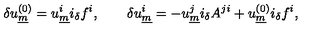
\delta u _ { \underline { { m } } } ^ { ( 0 ) } = u _ { \underline { { m } } } ^ { i } i _ { \delta } f ^ { i } , \qquad \delta u _ { \underline { { m } } } ^ { i } = - u _ { \underline { { m } } } ^ { j } i _ { \delta } A ^ { j i } + u _ { \underline { { m } } } ^ { ( 0 ) } i _ { \delta } f ^ { i } ,